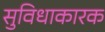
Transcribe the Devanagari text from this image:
सुविधाकारक